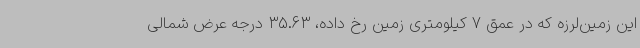
این زمین‌لرزه که در عمق 7 کیلومتری زمین رخ داده، 35.63 درجه عرض شمالی